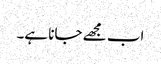
اب مجھے جانا ہے۔